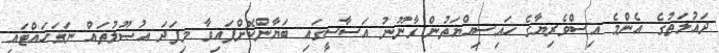
ދައުލަތުގެ އެންމެ އިސްވެރިޔާގެ ހައިސިއްޔަތުން ޤާނޫނު އަސާސީގައި ބަޔާންކޮށްފައިވާ މިފަދަ އުޞޫލުތައް ނަގަހައްޓައި